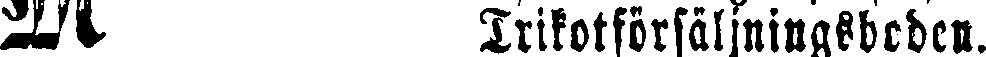
# Trikotförsäljningsboden.